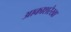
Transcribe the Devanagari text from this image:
आकाशरेखा